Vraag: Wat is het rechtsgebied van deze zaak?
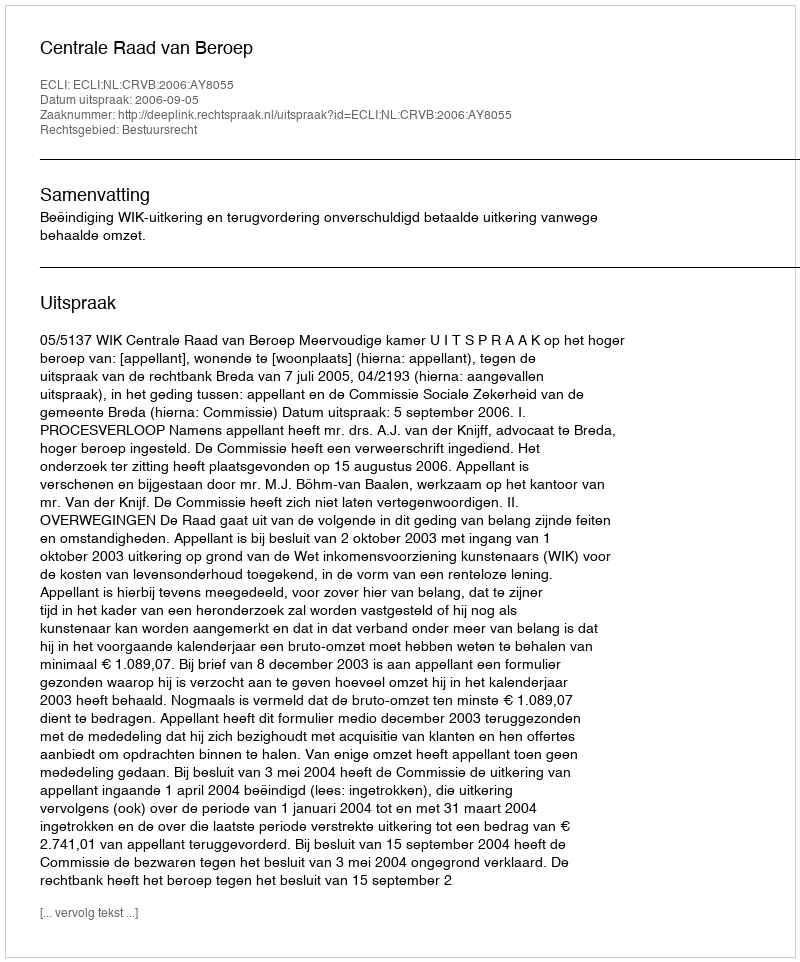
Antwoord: Bestuursrecht